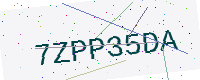
Text: 7ZPP35DA